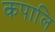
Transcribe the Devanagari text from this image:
कपालि